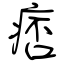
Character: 痞